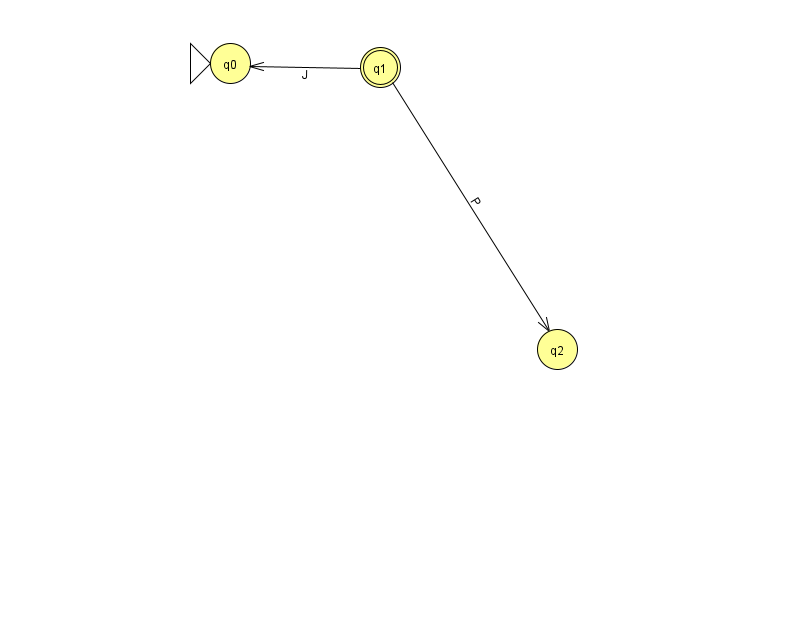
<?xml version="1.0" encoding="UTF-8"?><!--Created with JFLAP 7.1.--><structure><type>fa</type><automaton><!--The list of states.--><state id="0" name="q0"><x>230.0</x><y>50.0</y><initial/></state><state id="1" name="q1"><x>380.0</x><y>54.0</y><final/></state><state id="2" name="q2"><x>557.0</x><y>336.0</y></state><!--The list of transitions.--><transition><from>1</from><to>0</to><read>J</read></transition><transition><from>1</from><to>2</to><read>P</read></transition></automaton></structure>